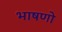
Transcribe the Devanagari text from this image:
भाषणो